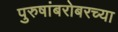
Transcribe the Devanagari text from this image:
पुरुषांबरोबरच्या